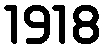
1918